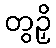
တွဉှိ